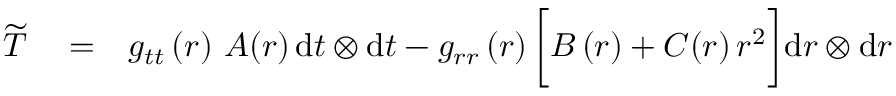
\begin{array} { r l r } { \widetilde { T } } & { { } = } & { g _ { t t } \left( r \right) \, A ( r ) \, \mathrm { d } t \otimes \mathrm { d } t - g _ { r r } \left( r \right) \bigg [ B \left( r \right) + C ( r ) \, r ^ { 2 } \bigg ] \mathrm { d } r \otimes \mathrm { d } r } \end{array}